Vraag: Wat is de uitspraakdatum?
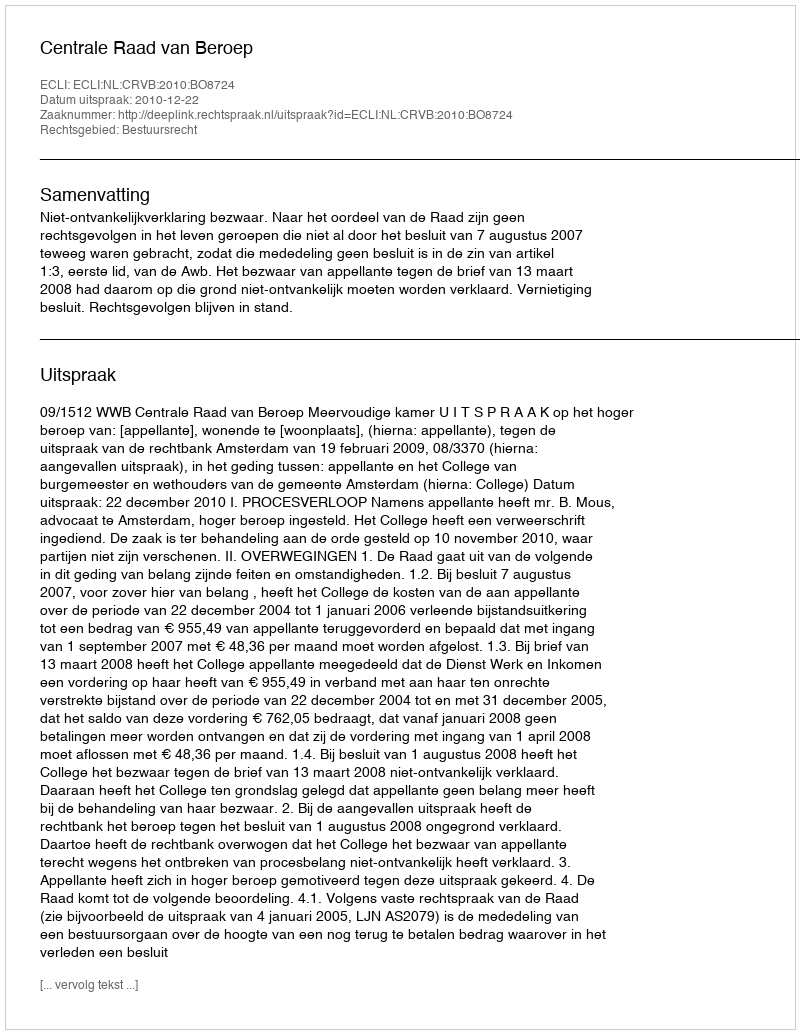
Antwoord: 2010-12-22